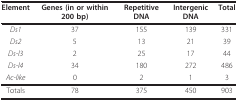
<table><thead><tr><td><b>Element</b></td><td><b>Genes (in or within 200 bp)</b></td><td><b>Repetitive DNA</b></td><td><b>Intergenic DNA</b></td><td><b>Total</b></td></tr></thead><tbody><tr><td><i>Ds1</i></td><td>37</td><td>155</td><td>139</td><td>331</td></tr><tr><td><i>Ds2</i></td><td>5</td><td>13</td><td>21</td><td>39</td></tr><tr><td><i>Ds-l3</i></td><td>2</td><td>25</td><td>17</td><td>44</td></tr><tr><td><i>Ds-l4</i></td><td>34</td><td>180</td><td>272</td><td>486</td></tr><tr><td><i>Ac-like</i></td><td>0</td><td>2</td><td>1</td><td>3</td></tr><tr><td>Totals</td><td>78</td><td>375</td><td>450</td><td>903</td></tr></tbody></table>